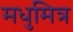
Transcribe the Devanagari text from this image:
मधुमित्र